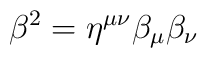
\beta^2 = \eta^{\mu\nu}\beta_\mu\beta_\nu